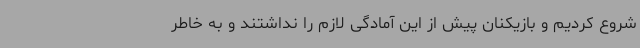
شروع کردیم و بازیکنان پیش از این آمادگی لازم را نداشتند و به خاطر